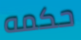
حكمه